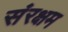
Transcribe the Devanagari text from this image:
संरक्षम